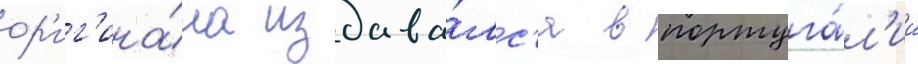
ор'иг'ина́ла издава́лс'я в португа́л'ии